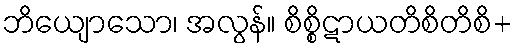
ဘိယျောသော၊ အလွန်။ စိစ္စိဋာယတိစိတိစိ+